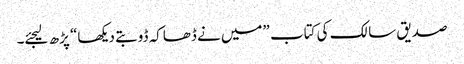
صدیق سالک کی کتاب ”میں نے ڈھاکہ ڈوبتے دیکھا“ پڑھ لیجئے۔